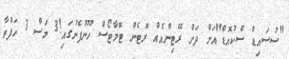
"ސުސައިޑް ސްކުއޮޑް"އަށް ދަށް ރޭޓިންއެއް ރޮޓެން ޓޮމާޓޯސް ހޫނުފެނުގައި!3 މަސް 3 ހަފްތާ